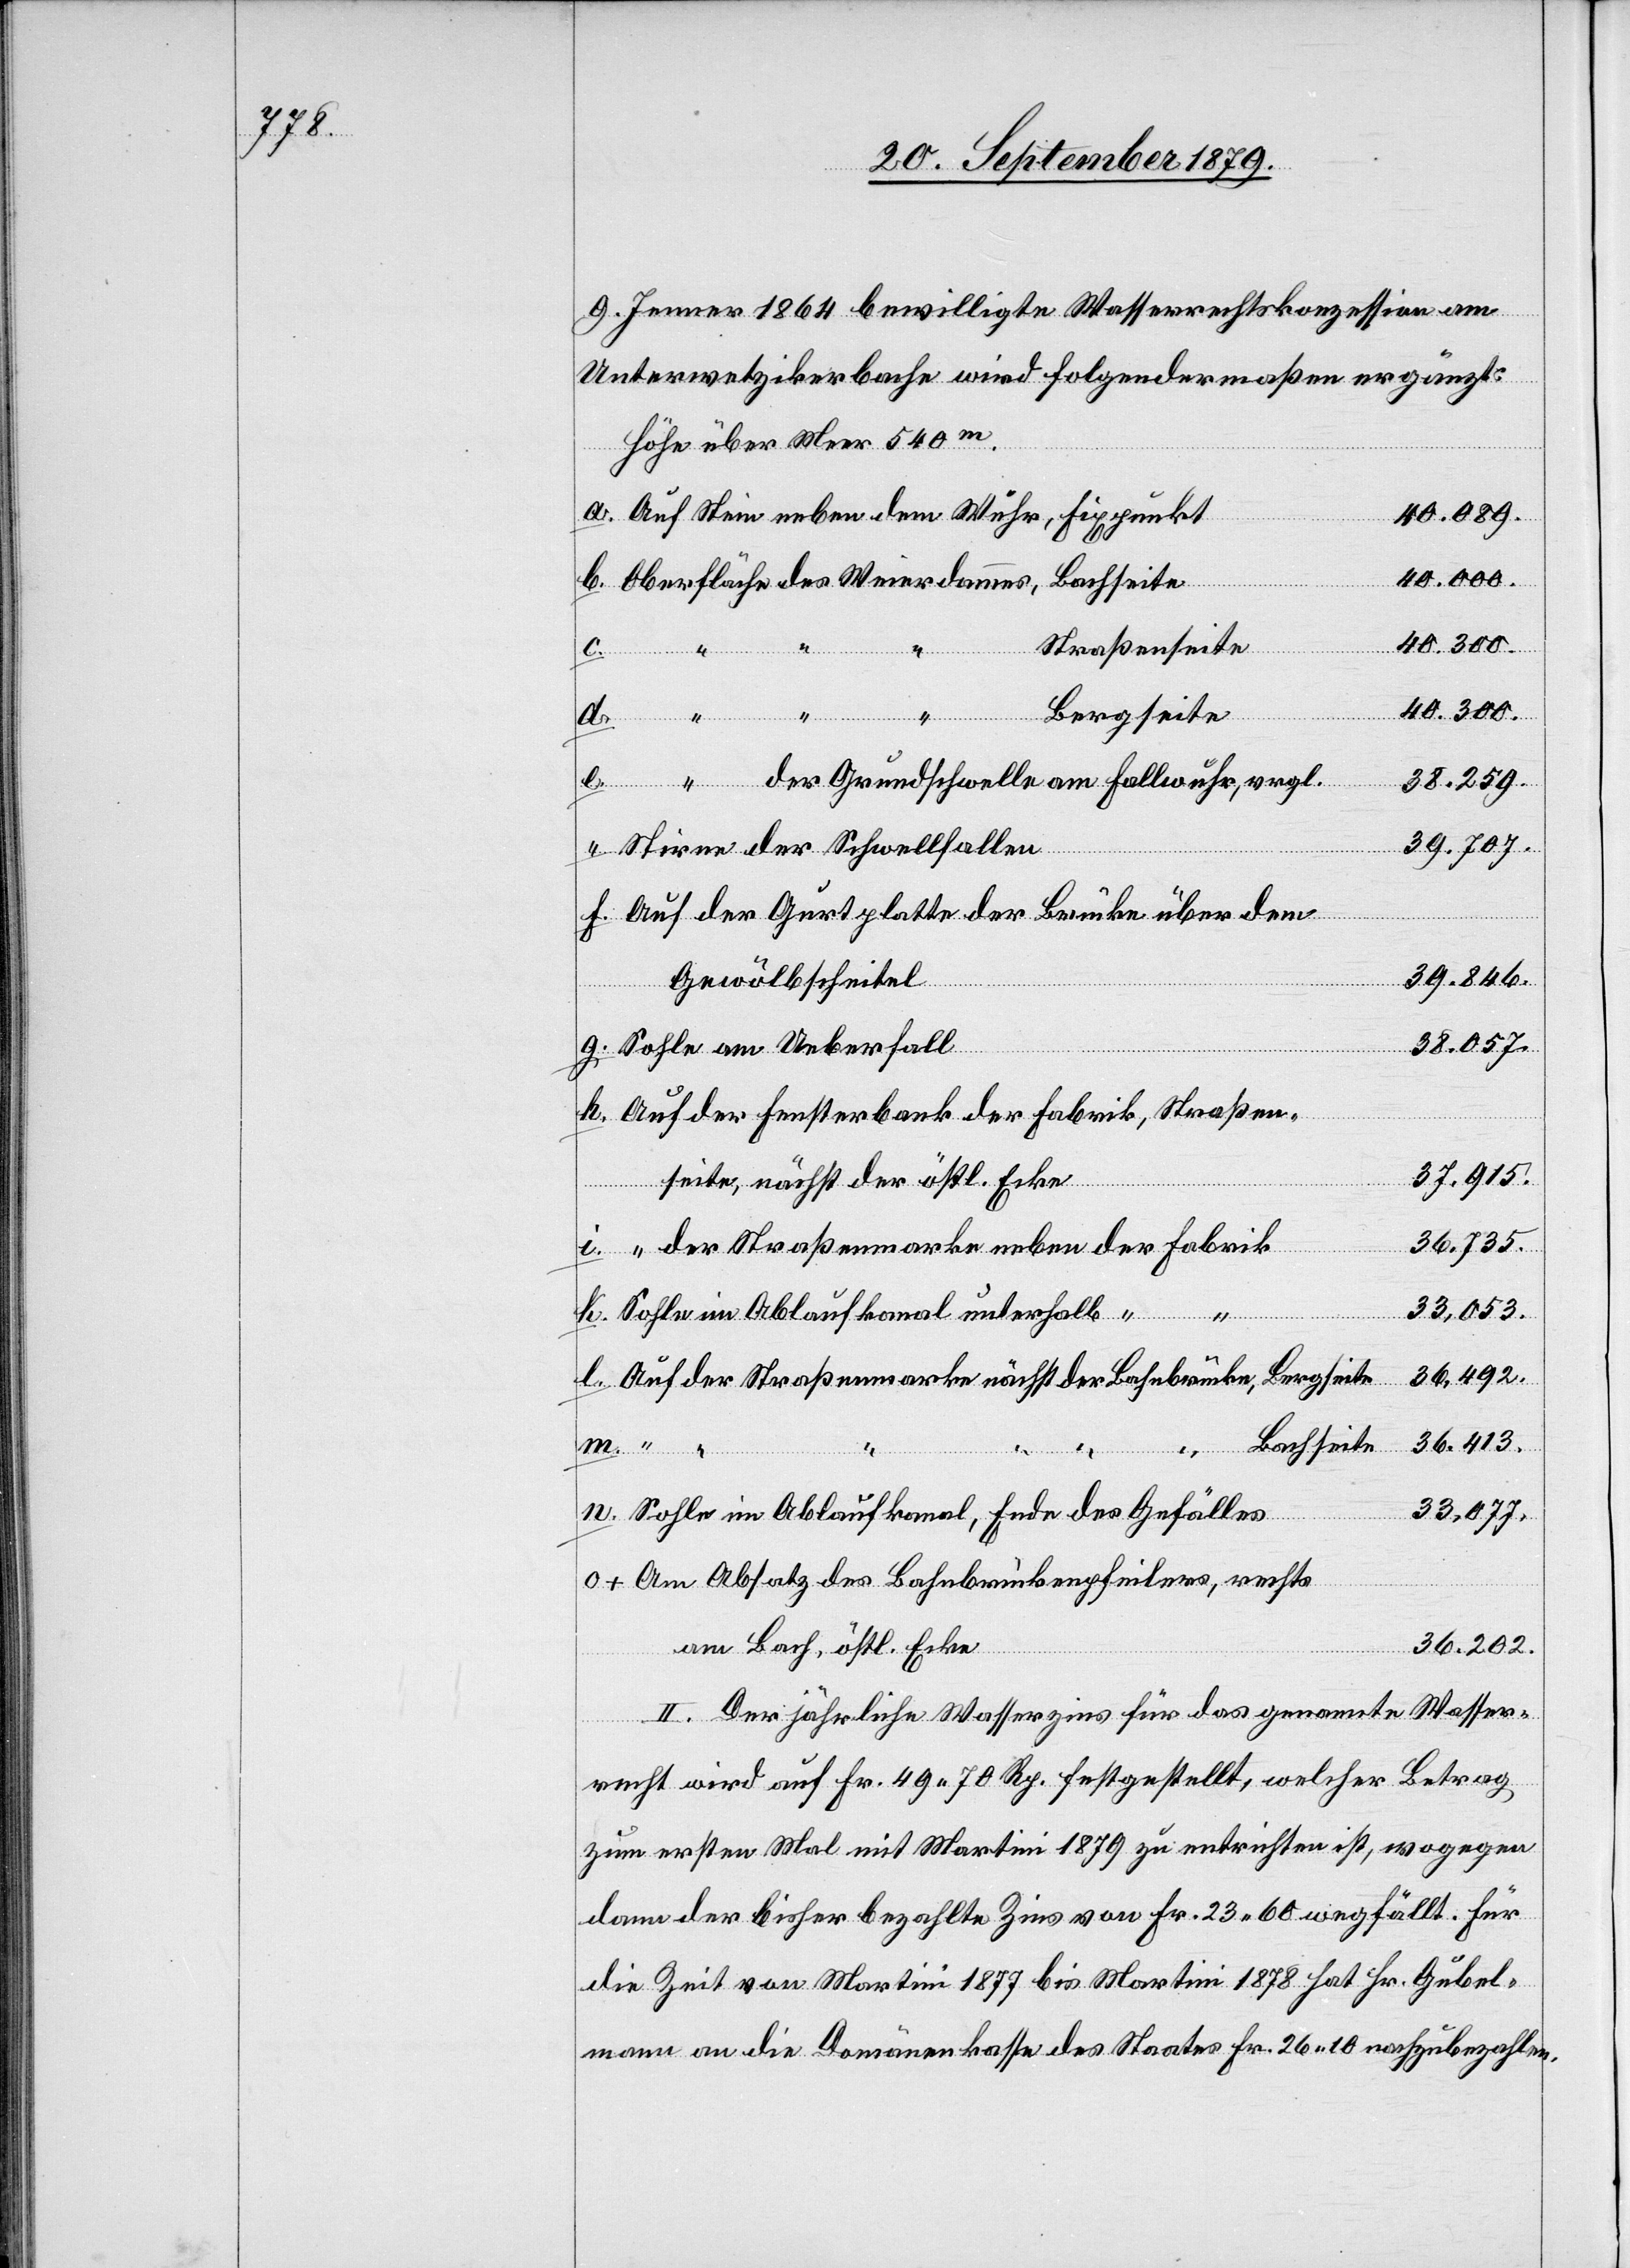
9. Jenner 1864 bewilligte Wasserrechtskonzession am
Unterwetzikerbache wird folgendermaßen ergänzt:
Höhe über Meer 540m.
Auf Stein neben dem Wuhr, Fixpunkt
40.089.
40.000.
Oberfläche des Weierdammes,
Straßenseite
g.
40.300.
Bergseite
l.
“ der Grundschwelle am Fallwuhr, vergl.
38.259.
39.707.
Stirne der Schwellfallen
Auf der Gurtplatte der Brücke über den
39.846.
Gewölbscheitel.
o+
Sohle am Ueberfall
38.057.
Auf der Fensterbank der Fabrik, Straßen¬
37.915.
seite, nächst der östl. Ecke
i.
36.735
“ der Straßenmarke neben der Fabrik
33.053
Sohle im Ablaufkanal unterhalb “ “
“
36.492.
“ der Straßenmarke nächst der Bahnbrücke, Bergseite
36.413.
Bachseite
d.
Sohle im Ablaufkanal, Ende des Gefälles
33.077.
Am Absatz des Bahnbrückenpfeilers, rechts
36.202.
am Bach, östl. Ecke
II. Der jährliche Wasserzins für das genannte Wasser¬
recht wird auf Fr. 49 70 Rp. festgestellt, welcher Betrag
zum ersten Mal mit Martini 1879 zu entrichten ist, wogegen
dann der bisher bezahlte Zins von Fr. 23 60 wegfällt. Für
die Zeit von Martini 1877 bis Martini 1878 hat Hr. Gubel¬
mann an die Domänenkasse des Staates Fr. 26 10 nachzubezahlen.